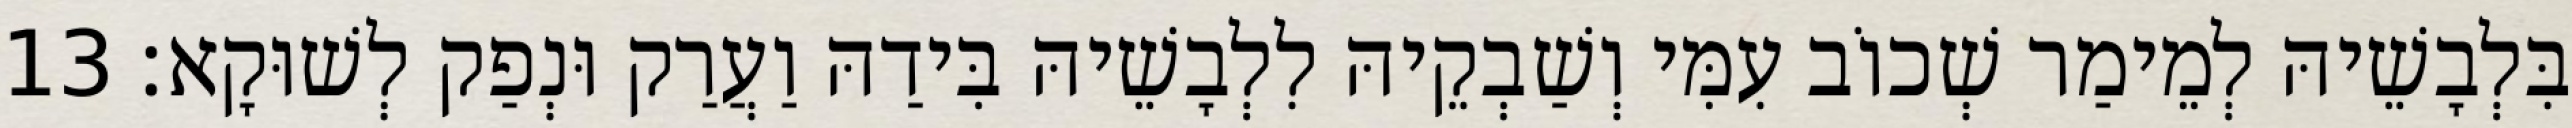
בִּלְבָשֵׁיהּ לְמֵימַר שְׁכוֹב עִמִּי וְשַׁבְקֵיהּ לִלְבָשֵׁיהּ בִּידַהּ וַעֲרַק וּנְפַק לְשׁוּקָא׃ 13